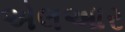
એલઆર